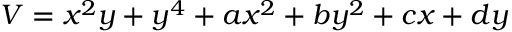
V = x ^ { 2 } y + y ^ { 4 } + a x ^ { 2 } + b y ^ { 2 } + c x + d y